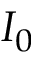
I _ { 0 }